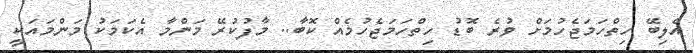
އެލިބޭ ހިތްހަމަޖެހުމަށް ވުރެ ބޮޑު ހިތްހަމަޖެހުމެއް ކޮބާ.. މާފުކުރޭ މަންމާ އެކަމަކު މަންމައަކީ